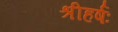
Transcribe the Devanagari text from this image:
श्रीहर्षः